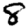
Digit: 8